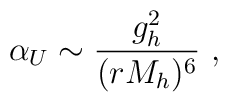
\alpha_U \sim { g_h^2\over (rM_h)^6}\ ,